Madras plague regulations and rules - Volume 2
Disease focus: Plague
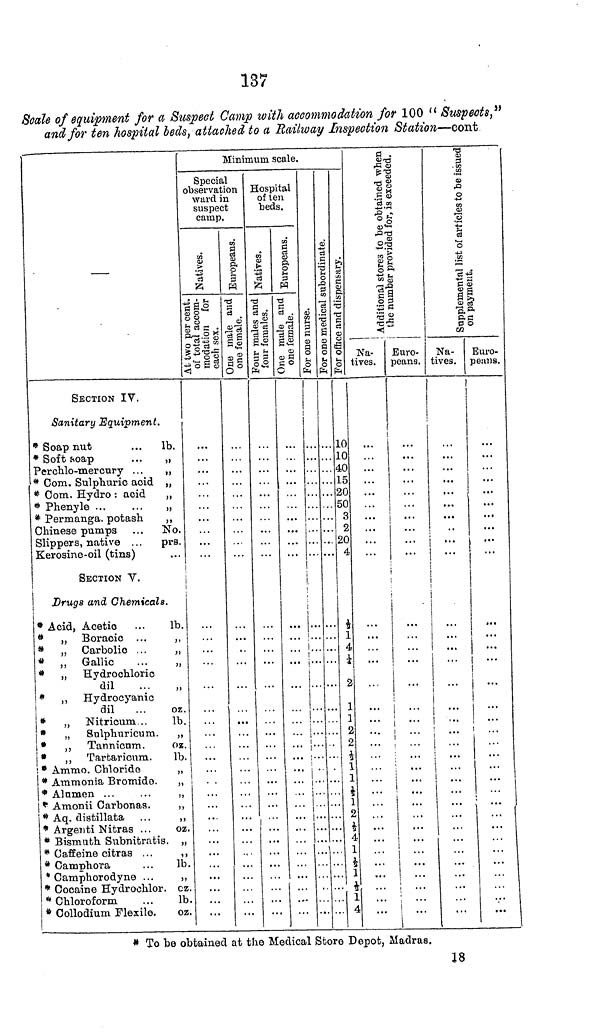
137
Scale of equipment for a Suspect Camp with accommodation for 100 "Suspects"
and for ten hospital beds, attached to a Railway Inspection Station—cont
—
SECTION IV.
Sanitary Equipment.
* Soap nut
...
lb.
* Soft soap
Perchlo-mercury . .
* Com. Sulphuric acid
* Com. Hydro : acid
* Phenyle ...
* Permanga. potash
Chinese pumps
...
No.
Slippers, native . . .
prs.
Kerosine-oil (tins)
SECTION V.
Drugs and Chemicals.
* Acid, Acetio
...
lb.
*
„ Boracic ...
,,
*
„ Carbolic ...
„
* „ Gallic
*
„ Hydrochloric
dil
...
„
* ,, Hydrocyanic
dil
...
oz.
*
„ Nitrioum ..
lb.
*
„ Sulphuricum. ,,
*
,, Tannicum.
oz.
*
,, Tartaricum.
lb.
, * Ammo. Chloride
* Ammonia Bromide.
|* Alumen
| * Amonii Carbonas.
* Aq. distillata
* Argenti Nitras ...
oz.
* Bismuth Subnitratis. „
* Caffeine citras ...
,,
* Camphor a
...
lb
* Camphorodyne ...
,,
* Cocaine Hydrochlor. cz
* Chloroform
...
lb
* Collodium Flexile.
oz
Minimum scale.
Special
observation
ward in
suspect
camp.
1 •••
Europeans.
One male and
one female.
Hospital
of ten
beds.
Europeans.
One male and
one female.
For one nurse.
I
••
For one medical subordinate.
For office and dispensary.
10
10
40
15
20
50
3
?,
20
4
½
1
4
¼
2
1
1
2
0
½
1
1
½
2
½
4
1
4
Additional stores to be obtained when
Na-
tives.
the number provided for, is exceeded.
Euro-
peans.
...
...
...
...
...
Supplemental list of articles to be issu
Na-
tives.
...
...
...
Euro-
peans.
...
...
...
...
...
...
# To be obtained at the Medical Store Depot, Madras.
18